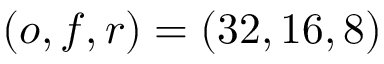
\left( o , f , r \right) = \left( 3 2 , 1 6 , 8 \right)